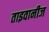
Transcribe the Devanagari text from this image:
ताइवानीज